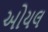
ઓયલ